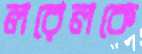
লরেলকে